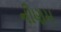
નીણમ